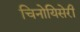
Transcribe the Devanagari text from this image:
चिनोयिसेरी